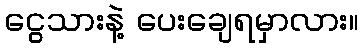
ငွေသားနဲ့ ပေးချေရမှာလား။